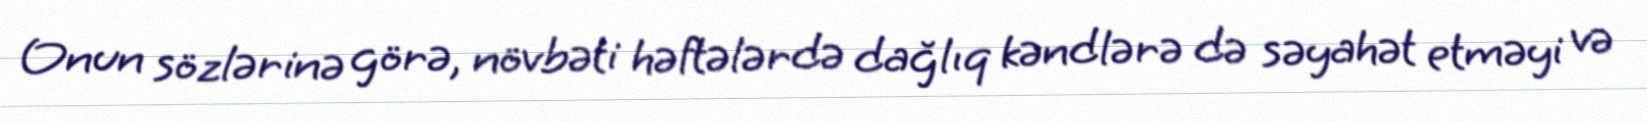
Onun sözlərinə görə, növbəti həftələrdə dağlıq kəndlərə də səyahət etməyi və